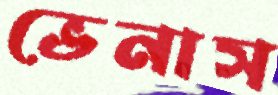
ভেনাস